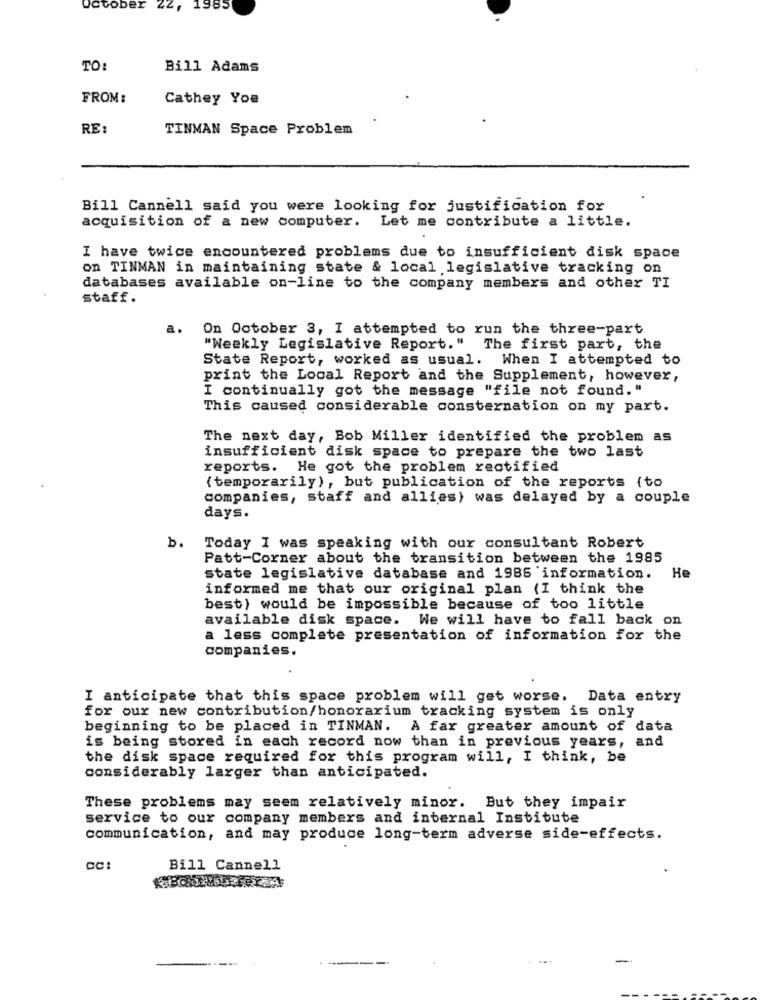
October 22, 1985
TO:
Bill Adams
FROM:
Cathey You
RE:
TINMAN Space Problem
Bill Cannell said you were looking for justification for
acquisition of a new computer. Let me contribute a little.
I have twice encountered problems due to insufficient disk space
on TINMAN in maintaining state & local legislative tracking on
databases available on-line to the company members and other TI
staff.
a.
On October 3, I attempted to run the three-part
"Weekly Legislative Report." The first part, the
State Report, worked as usual. When I attempted to
print the Local Report and the Supplement, however,
I continually got the message "file not found. "
This caused considerable consternation on my part.
The next day, Bob Miller identified the problem as
insufficient disk space to prepare the two last
reports. He got the problem rectified
( temporarily), but publication of the reports (to
companies, staff and allies) was delayed by a couple
days.
b.
Today I was speaking with our consultant Robert
Patt-Corner about the transition between the 1985
state legislative database and 1985 information.
He
informed me that our original plan (I think the
best) would be impossible because of too little
available disk space. We will have to fall back on
a less complete presentation of information for the
companies.
I anticipate that this space problem will get worse. Data entry
for our new contribution/honorarium tracking system is only
beginning to be placed in TINMAN. A far greater amount of data
is being stored in each record now than in previous years, and
the disk space required for this program will, I think, be
considerably larger than anticipated.
These problems may seem relatively minor. But they impair
service to our company members and internal Institute
communication, and may produce long-term adverse side-effects.
Bill Cannell
-